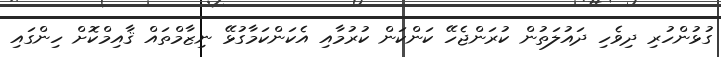
ގުޅުންހުރި ދިވެހި ދައުލަތުން ކުރަންޖެހޭ ކަންކަން ކުރުމާއި އެކަންކަމާގުޅޭ ނިޒާމްތައް ޤާއިމްކޮށް ހިންގައި